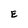
Character: E